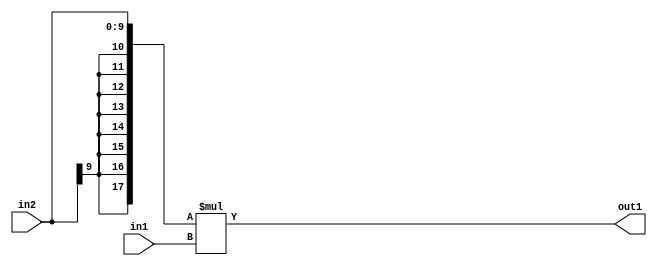
`timescale 1ps / 1ps
/*****************************************************************************
    Verilog RTL Description
    
    
    Created by: Stratus DpOpt 2019.1.01 
*******************************************************************************/

module SobelFilter_Mul_10Sx8U_18S_4 (
	in2,
	in1,
	out1
	); /* architecture "behavioural" */ 
input [9:0] in2;
input [7:0] in1;
output [17:0] out1;
wire [17:0] asc001;

assign asc001 = 
	+({{8{in2[9]}}, in2} * in1);

assign out1 = asc001;
endmodule

/* CADENCE  ubP1Qwk= : u9/ySgnWtBlWxVPRXgAZ4Og= ** DO NOT EDIT THIS LINE ******/